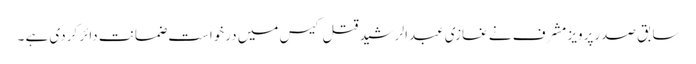
سابق صدرپرویز مشرف نے غازی عبدالرشید قتل کیس میں درخواست ضمانت دائر کردی ہے ۔